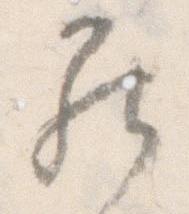
罷